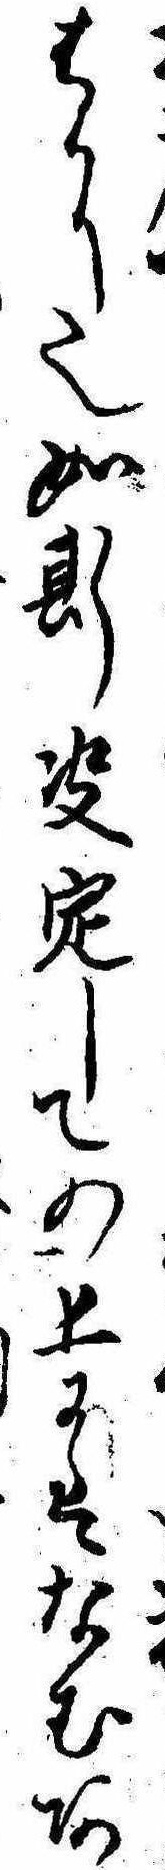
はかり也如斯決定しての上にはなむあ